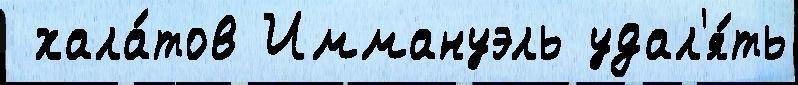
 хала́тов Иммануэль удал'я́ть